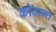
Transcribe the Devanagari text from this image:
कोवाना